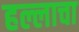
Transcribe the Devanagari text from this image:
हल्लाचा